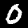
Label: 0